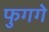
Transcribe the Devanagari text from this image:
फुगगे